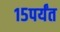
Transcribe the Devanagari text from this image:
१५पर्यंत